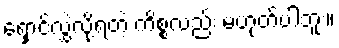
ရှောင်လွှဲလို့ရတဲ့ ကိစ္စလည်း မဟုတ်ပါဘူး။